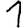
Digit: 1